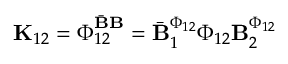
\mathbf { K } _ { 1 2 } = \boldsymbol { \Phi } _ { 1 2 } ^ { \bar { \mathbf { B } } { \mathbf { B } } } = \bar { \mathbf { B } } _ { 1 } ^ { \boldsymbol { \Phi } _ { 1 2 } } \boldsymbol { \Phi } _ { 1 2 } \mathbf { B } _ { 2 } ^ { \boldsymbol { \Phi } _ { 1 2 } }